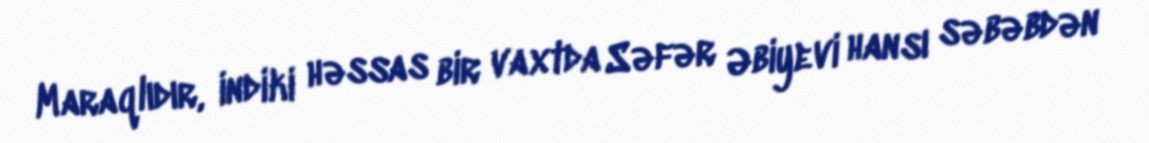
Maraqlıdır, indiki həssas bir vaxtda Səfər Əbiyevi hansı səbəbdən